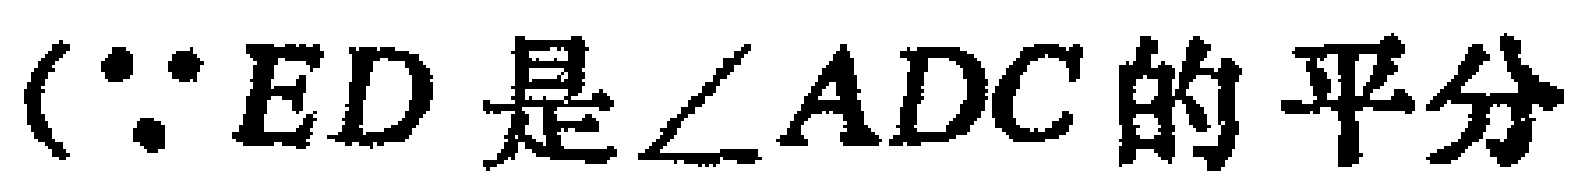
（$\because ED$是$\angle ADC$的平分